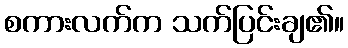
စကားလက်က သက်ပြင်းချ၏။